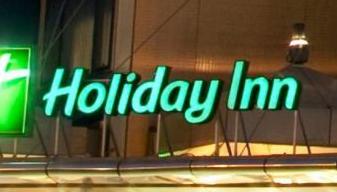
holidayinn